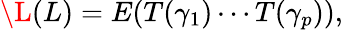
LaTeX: \L(L)=E(T(\gamma_{1})\cdots T(\gamma_{p})),